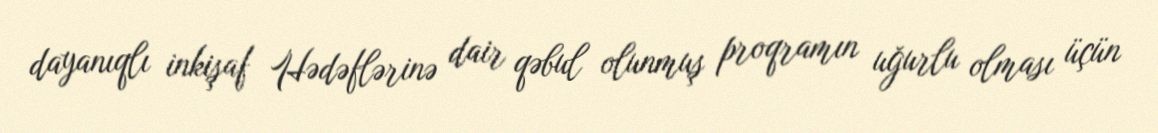
dayanıqlı inkişaf Hədəflərinə dair qəbul olunmuş proqramın uğurlu olması üçün